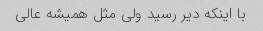
با اینکه دیر رسید ولی مثل همیشه عالی